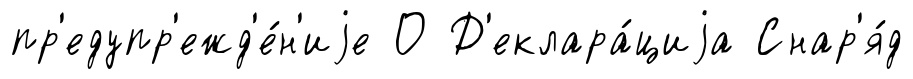
пр'едупр'ежд'е́н'иjе О Д'еклара́циjа Снар'я́д